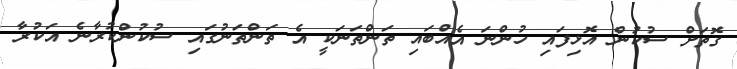
ގޮތަށް ސުކުން އޮޅިފައި ހުންނަ އެއްބައި ތަންތަނަކީ އެ ތަންތަނުގައި ސުކުންކުރާނެ އަކުރާ